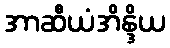
အာဆီယံအိန္ဒိယ